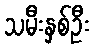
သမီးနှစ်ဦး